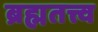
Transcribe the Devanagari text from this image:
ब्रह्मतत्त्व